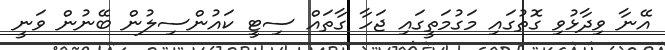
އޭނާ ވިދާޅުވި ގޮތުގައި މަގުމަތީގައި ޖަހާ ގާތައް ސިޓީ ކައުންސިލުން ބޭނުން ވަނީ